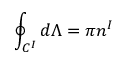
\oint _ { { \cal C } ^ { I } } d \Lambda = \pi n ^ { I }